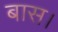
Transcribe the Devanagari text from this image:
बास।